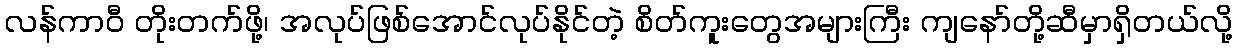
လန်ကာဝီ တိုးတက်ဖို့၊ အလုပ်ဖြစ်အောင်လုပ်နိုင်တဲ့ စိတ်ကူးတွေအများကြီး ကျနော်တို့ဆီမှာရှိတယ်လို့